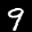
Label: 9